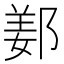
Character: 𨜰